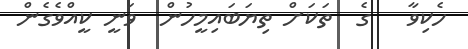
ހެކިވާ   ގެ  ތަކަށް ތިޔަބައިމީހުން  ވަނީ ކީއްވެގެން